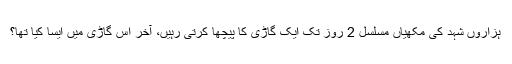
ہزاروں شہد کی مکھیاں مسلسل 2 روز تک ایک گاڑی کا پیچھا کرتی رہیں، آخر اس گاڑی میں ایسا کیا تھا؟